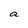
Character: a